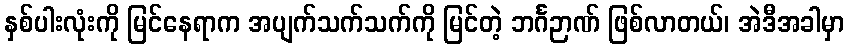
နှစ်ပါးလုံးကို မြင်နေရာက အပျက်သက်သက်ကို မြင်တဲ့ ဘင်္ဂဉာဏ် ဖြစ်လာတယ်၊ အဲဒီအခါမှာ